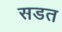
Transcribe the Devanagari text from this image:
सडत